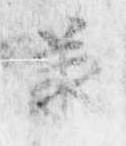
承